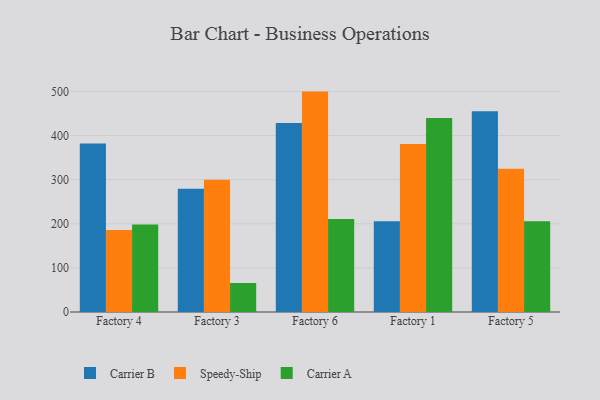
{"axis": {"x": "Factory", "y": "Page Views"}, "legend": ["Carrier A", "Carrier B", "Speedy-Ship"], "data": [{"x": "Factory 4", "y": 381.9, "type": "Carrier B"}, {"x": "Factory 4", "y": 185.8, "type": "Speedy-Ship"}, {"x": "Factory 4", "y": 198.1, "type": "Carrier A"}, {"x": "Factory 3", "y": 279.6, "type": "Carrier B"}, {"x": "Factory 3", "y": 299.8, "type": "Speedy-Ship"}, {"x": "Factory 3", "y": 65.7, "type": "Carrier A"}, {"x": "Factory 6", "y": 428.5, "type": "Carrier B"}, {"x": "Factory 6", "y": 499.6, "type": "Speedy-Ship"}, {"x": "Factory 6", "y": 210.7, "type": "Carrier A"}, {"x": "Factory 1", "y": 205.7, "type": "Carrier B"}, {"x": "Factory 1", "y": 380.8, "type": "Speedy-Ship"}, {"x": "Factory 1", "y": 439.8, "type": "Carrier A"}, {"x": "Factory 5", "y": 455.2, "type": "Carrier B"}, {"x": "Factory 5", "y": 324.9, "type": "Speedy-Ship"}, {"x": "Factory 5", "y": 205.5, "type": "Carrier A"}]}